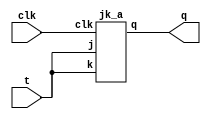
module t_from_jk(t,clk,q);
input t,clk;
output q;
jk_a jk_01(t,t,clk,q);
endmodule

module jk_a(j,k,clk,q);
input j,k,clk;
output reg q;
initial
begin 
q = 0;
end
always@(posedge clk)
begin
case({j,k})
2'b00 : q<=q;
2'b01 : q<=0;
2'b10 : q<=1;
2'b11 : q<=~q;
endcase
end
endmodule